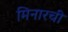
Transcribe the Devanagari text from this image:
मिनारची